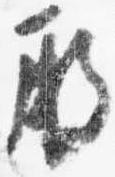
殿